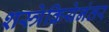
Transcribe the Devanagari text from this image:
शस्त्रेक्रियेनंतर